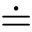
\doteq